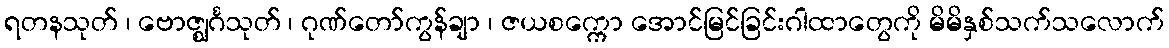
ရတနသုတ် ၊ ဗောဇ္ဈင်္ဂသုတ် ၊ ဂုဏ်တော်ကွန်ချာ ၊ ဇယစက္ကော အောင်မြင်ခြင်းဂါထာတွေကို မိမိနှစ်သက်သလောက်